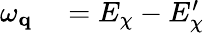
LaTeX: \begin{array}{rl}{\omega_{\mathbf{q}}}&{{}=E_{\chi}-E_{\chi}^{\prime}}\end{array}